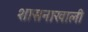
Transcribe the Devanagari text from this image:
शासनाखाली